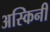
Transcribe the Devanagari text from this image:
अस्किनी